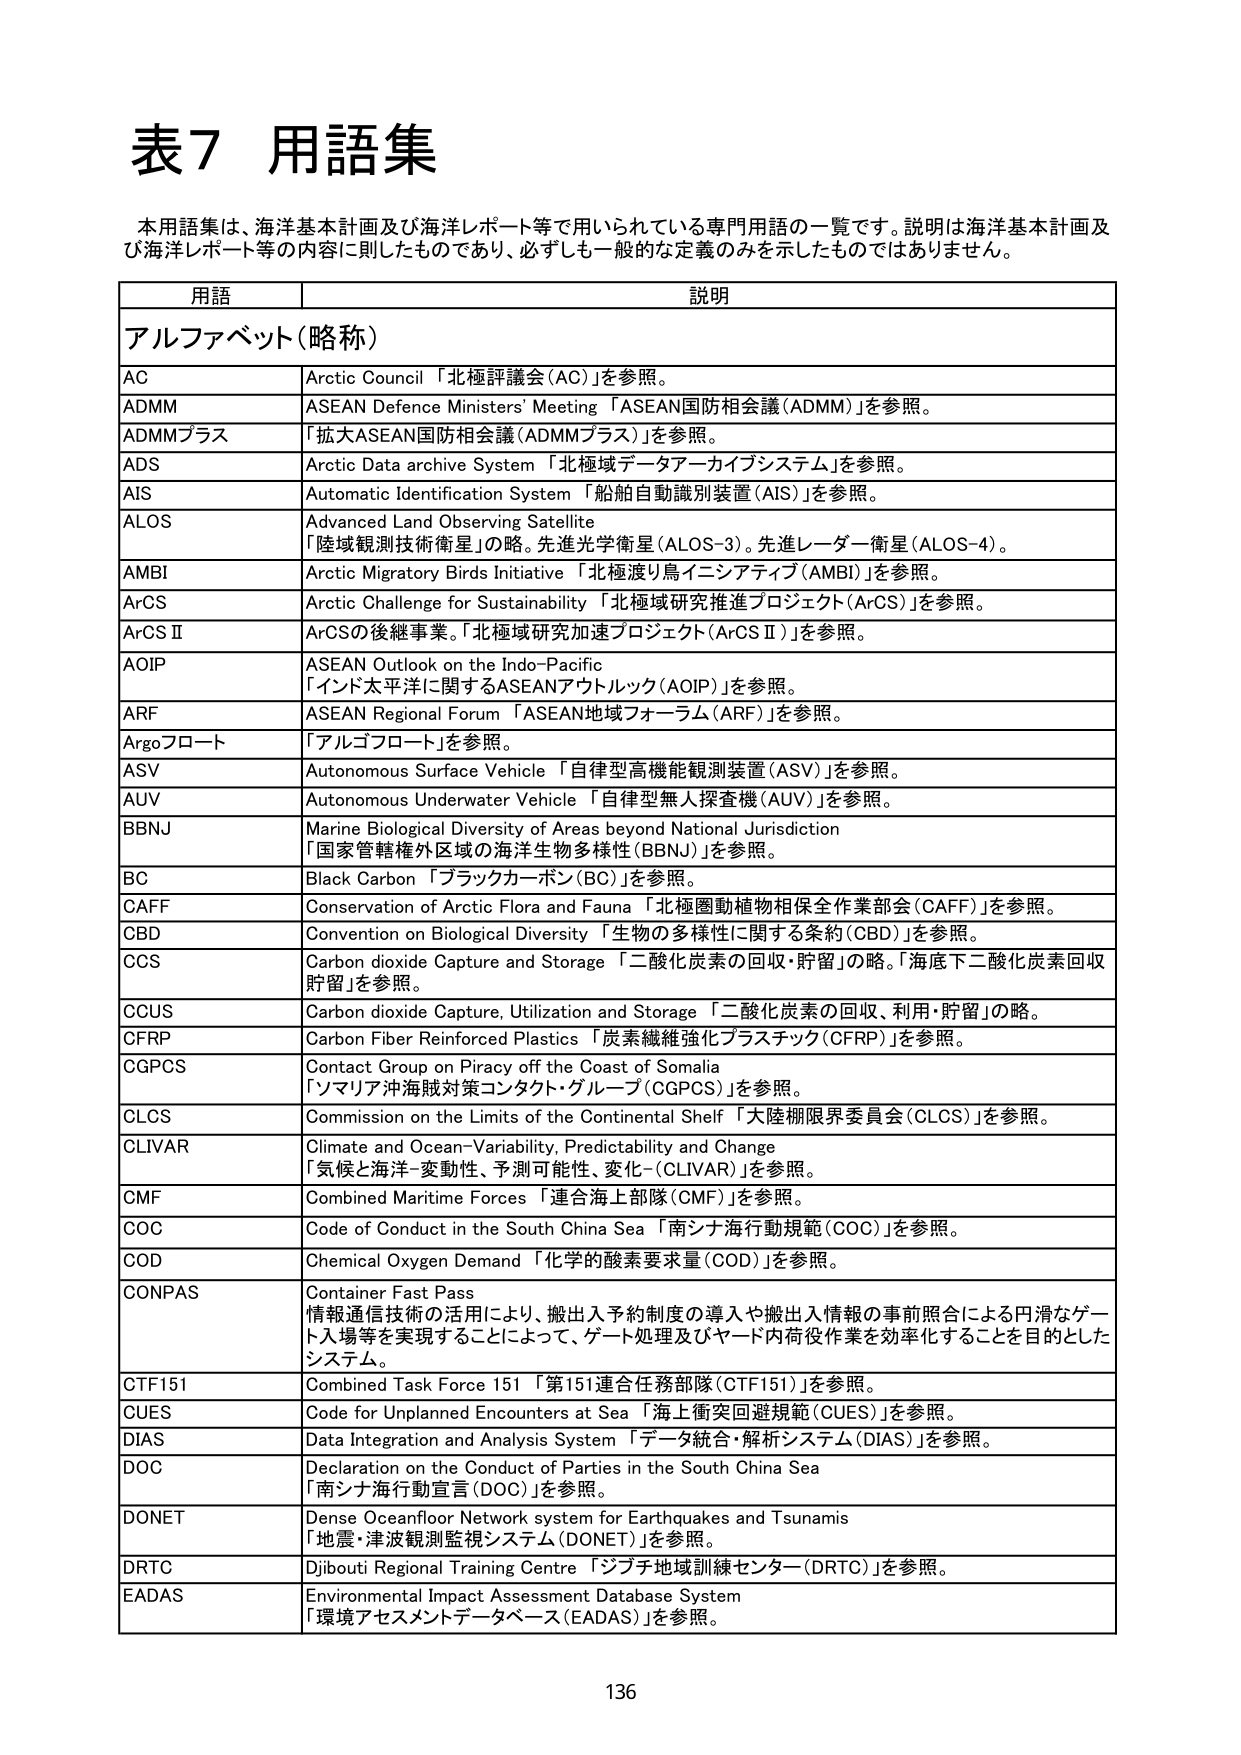
表7 用語集

本用語集は、海洋基本計画及び海洋レポート等で用いられている専門用語の一覧です。説明は海洋基本計画及び海洋レポート等の内容に則したものであり、必ずしも一般的な定義のみを示したものではありません。

用語 説明
アルファベット（略称）
AC Arctic Council 「北極評議会（AC）」を参照。
ADMM ASEAN Defence Ministers' Meeting 「ASEAN国防相会議（ADMM）」を参照。
ADMMプラス 「拡大ASEAN国防相会議（ADMMプラス）」を参照。
ADS Arctic Data archive System 「北極域データアーカイブシステム」を参照。
AIS Automatic Identification System 「船舶自動識別装置（AIS）」を参照。
ALOS Advanced Land Observing Satellite 「陸域観測技術衛星」の略。先進光学衛星（ALOS-3）。先進レーダー衛星（ALOS-4）。
AMBI Arctic Migratory Birds Initiative 「北極渡り鳥イニシアティブ（AMBI）」を参照。
ArCS Arctic Challenge for Sustainability 「北極域研究推進プロジェクト（ArCS）」を参照。
ArCS II ArCSの後継事業。「北極域研究加速プロジェクト（ArCS II）」を参照。
AOIP ASEAN Outlook on the Indo-Pacific 「インド太平洋に関するASEANアウトルック（AOIP）」を参照。
ARF ASEAN Regional Forum 「ASEAN地域フォーラム（ARF）」を参照。
Argoフロート 「アルゴフロート」を参照。
ASV Autonomous Surface Vehicle 「自律型高機能観測装置（ASV）」を参照。
AUV Autonomous Underwater Vehicle 「自律型無人探査機（AUV）」を参照。
BBNJ Marine Biological Diversity of Areas beyond National Jurisdiction 「国家管轄権外区域の海洋生物多様性（BBNJ）」を参照。
BC Black Carbon 「ブラックカーボン（BC）」を参照。
CAFF Conservation of Arctic Flora and Fauna 「北極圏動植物相保全作業部会（CAFF）」を参照。
CBD Convention on Biological Diversity 「生物の多様性に関する条約（CBD）」を参照。
CCS Carbon dioxide Capture and Storage 「二酸化炭素の回収・貯留」の略。「海底下二酸化炭素回収貯留」を参照。
CCUS Carbon dioxide Capture, Utilization and Storage 「二酸化炭素の回収、利用・貯留」の略。
CFRP Carbon Fiber Reinforced Plastics 「炭素繊維強化プラスチック（CFRP）」を参照。
CGPCS Contact Group on Piracy off the Coast of Somalia 「ソマリア沖海賊対策コンタクト・グループ（CGPCS）」を参照。
CLCS Commission on the Limits of the Continental Shelf 「大陸棚限界委員会（CLCS）」を参照。
CLIVAR Climate and Ocean–Variability, Predictability and Change 「気候と海洋–変動性、予測可能性、変化–（CLIVAR）」を参照。
CMF Combined Maritime Forces 「連合海上部隊（CMF）」を参照。
COC Code of Conduct in the South China Sea 「南シナ海行動規範（COC）」を参照。
COD Chemical Oxygen Demand 「化学的酸素要求量（COD）」を参照。
CONPAS Container Fast Pass 情報通信技術の活用により、搬出入予約制度の導入や搬出入情報の事前照合による円滑なゲート入場等を実現することによって、ゲート処理及びヤード内荷役作業を効率化することを目的としたシステム。
CTF151 Combined Task Force 151 「第151連合任務部隊（CTF151）」を参照。
CUES Code for Unplanned Encounters at Sea 「海上衝突回避規範（CUES）」を参照。
DIAS Data Integration and Analysis System 「データ統合・解析システム（DIAS）」を参照。
DOC Declaration on the Conduct of Parties in the South China Sea 「南シナ海行動宣言（DOC）」を参照。
DONET Dense Oceanfloor Network system for Earthquakes and Tsunamis 「地震・津波観測監視システム（DONET）」を参照。
DRTC Djibouti Regional Training Centre 「ジブチ地域訓練センター（DRTC）」を参照。
EADAS Environmental Impact Assessment Database System 「環境アセスメントデータベース（EADAS）」を参照。

136